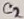
Text: C2